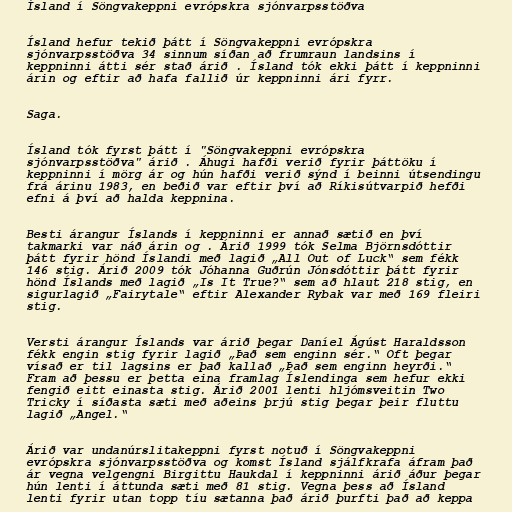
Ísland í Söngvakeppni evrópskra sjónvarpsstöðva

Ísland hefur tekið þátt í Söngvakeppni evrópskra
sjónvarpsstöðva 34 sinnum síðan að frumraun landsins í
keppninni átti sér stað árið . Ísland tók ekki þátt í keppninni
árin og eftir að hafa fallið úr keppninni ári fyrr.

Saga.

Ísland tók fyrst þátt í "Söngvakeppni evrópskra
sjónvarpsstöðva" árið . Áhugi hafði verið fyrir þáttöku í
keppninni í mörg ár og hún hafði verið sýnd í beinni útsendingu
frá árinu 1983, en beðið var eftir því að Ríkisútvarpið hefði
efni á því að halda keppnina.

Besti árangur Íslands í keppninni er annað sætið en því
takmarki var náð árin og . Árið 1999 tók Selma Björnsdóttir
þátt fyrir hönd Íslandi með lagið „All Out of Luck“ sem fékk
146 stig. Árið 2009 tók Jóhanna Guðrún Jónsdóttir þátt fyrir
hönd Íslands með lagið „Is It True?“ sem að hlaut 218 stig, en
sigurlagið „Fairytale“ eftir Alexander Rybak var með 169 fleiri
stig.

Versti árangur Íslands var árið þegar Daníel Ágúst Haraldsson
fékk engin stig fyrir lagið „Það sem enginn sér.“ Oft þegar
vísað er til lagsins er það kallað „Það sem enginn heyrði.“
Fram að þessu er þetta eina framlag Íslendinga sem hefur ekki
fengið eitt einasta stig. Árið 2001 lenti hljómsveitin Two
Tricky í síðasta sæti með aðeins þrjú stig þegar þeir fluttu
lagið „Angel.“

Árið var undanúrslitakeppni fyrst notuð í Söngvakeppni
evrópskra sjónvarpsstöðva og komst Ísland sjálfkrafa áfram það
ár vegna velgengni Birgittu Haukdal í keppninni árið áður þegar
hún lenti í áttunda sæti með 81 stig. Vegna þess að Ísland
lenti fyrir utan topp tíu sætanna það árið þurfti það að keppa